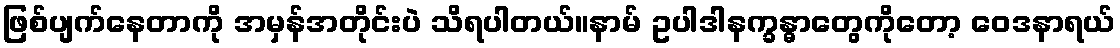
ဖြစ်ပျက်နေတာကို အမှန်အတိုင်းပဲ သိရပါတယ်။နာမ် ဥပါဒါနက္ခန္ဓာတွေကိုတော့ ဝေဒနာရယ်